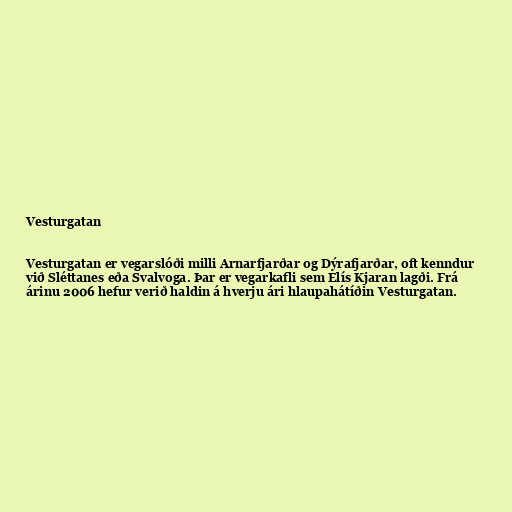
Vesturgatan

Vesturgatan er vegarslóði milli Arnarfjarðar og Dýrafjarðar, oft kenndur
við Sléttanes eða Svalvoga. Þar er vegarkafli sem Elís Kjaran lagði. Frá
árinu 2006 hefur verið haldin á hverju ári hlaupahátíðin Vesturgatan.